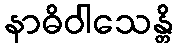
နာဓိဝါသေန္တိ